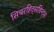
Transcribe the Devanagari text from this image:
सिचरहिट्सडिन्ट्स